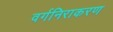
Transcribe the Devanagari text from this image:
वर्गनिराकरण